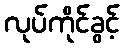
လုပ်ကိုင်ခွင့်